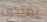
تضحكون